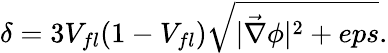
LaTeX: \delta=3V_{fl}(1-V_{fl})\sqrt{|\vec{\nabla}\phi|^{2}+eps}.